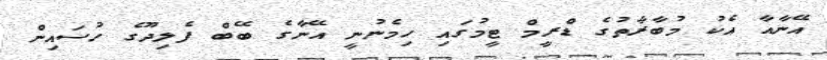
އޭނާއާ އެކު މުބާރާތުގެ ޑްރީމް ޓީމުގައި ހިމެނުނީ އޭނާގެ ބޭބް ފެލިދޫގެ ހުސައިން